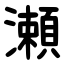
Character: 瀬